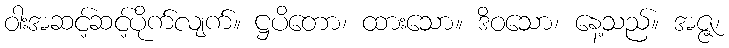
ဝါးအဆင့်ဆင့်ပိုက်လျက်။ ဋ္ဌပိတော၊ ထားသော။ ဒိဝသော၊ နေ့သည်။ အဇ္ဇ၊